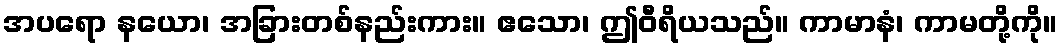
အပရော နယော၊ အခြားတစ်နည်းကား။ ဧသော၊ ဤဝီရိယသည်။ ကာမာနံ၊ ကာမတို့ကို။